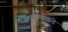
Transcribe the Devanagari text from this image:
पनामाकडे